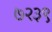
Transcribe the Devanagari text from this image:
७२३९